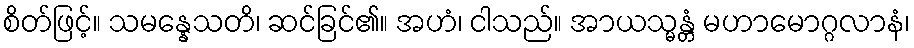
စိတ်ဖြင့်။ သမန္နေသတိ၊ ဆင်ခြင်၏။ အဟံ၊ ငါသည်။ အာယသ္မန္တံ မဟာမောဂ္ဂလာနံ၊